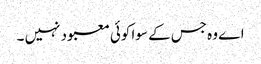
اے وہ جس کے سوا کوئی معبود نہیں ۔